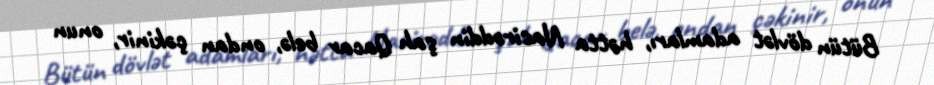
Bütün dövlət adamları, hətta Nasirəddin şah Qacar belə, ondan çəkinir, onun